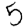
Digit: 5